Civil Veterinary Dept. Bombay admin report 1907-1913 - 1907-1913
Year: 1907
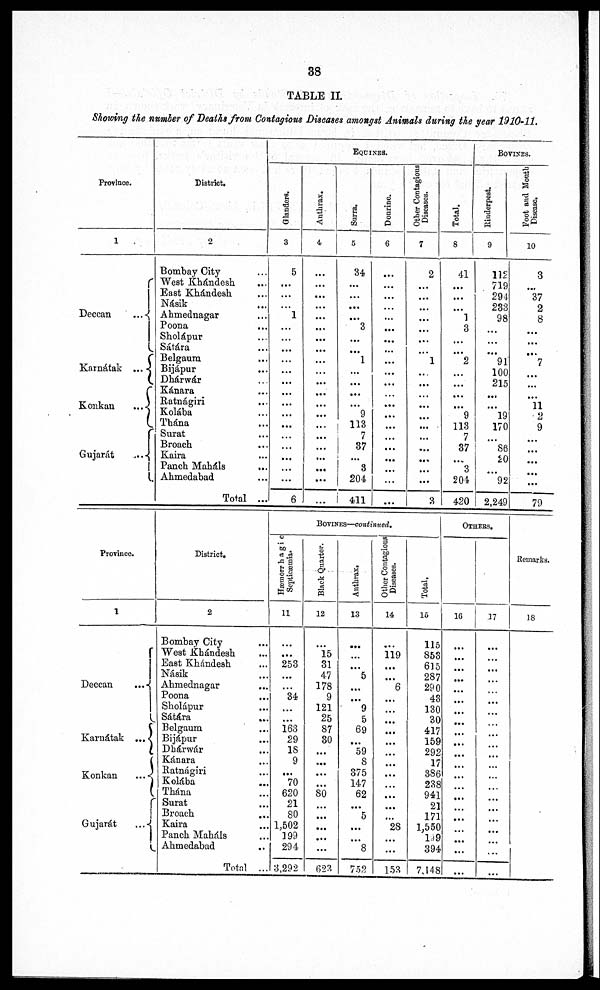
38
TABLE II
Showing the number of Deaths from Contagions Diseases amongst Animals during the year 1910-11.
Province.
1
Deccan
...
Karnátak...
Konkan
...
Gujrát ...
District.
2
Bombay City ...
West Khándesh ...
East Khándesh ...
Násik ...
Ahmednagar ...
Poona
...
Sholápur ...
Sátára ...
Belgaum ...
Bijápur
...
Dhárwár ...
Kánara ...
Ratnágiri ...
Kolába ...
Thána ...
Surat ...
Broach
...
Kaira ...
Panch Maháls ...
Ahmedabad ...
Total ...
EQUINES.
Glanders.
3
5
...
...
...
1
...
...
...
...
...
...
...
...
...
...
...
...
...
...
...
6
Anthrax.
4
...
...
...
...
...
...
...
...
...
...
...
...
...
...
...
...
...
...
...
...
...
Surra.
5
34
...
...
...
...
3
...
...
1
...
...
...
...
9
113
7
37
...
8
204
411
Donrine.
6
...
...
...
...
...
...
...
...
...
...
...
...
...
...
...
...
...
...
...
...
...
Other Contagions
Diseases.
7
2
...
...
...
...
...
...
...
1
...
...
...
...
...
...
...
...
...
...
...
8
Total.
8
41
...
...
...
1
3
...
...
2
...
...
...
...
9
113
7
37
...
3
204
420
BOVINES.
Rinderpest.
9
112
719
294
233
98
...
...
...
91
100
215
...
...
19
170
...
86
20
...
92
2,249
Foot and Month
Disease.
10
3
...
37
2
8
...
...
...
7
...
...
...
11
2
9
...
...
...
...
...
79
Province.
1
Deccan
...
Karnátak
...
Konkan
...
Gujarát
...
District.
2
Bombay City ...
West Khádesh ...
East Khádesh ...
Násik ...
Ahmednagar ...
Poona ...
Sholápur ...
Sátára
...
Belgaura ...
Bijápur ...
Dhárwár ...
Kánara ...
Ratnágiri ...
Kolába ...
Thána ...
Surat ...
Broach ...
Kaira ...
Panch Maháls ...
Ahmedabad ...
Total ...
BOVINES—continued.
Hæmorrhagic
Septicæmia.
11
...
...
253
...
...
34
...
...
163
29
18
9
...
70
620
21
80
1,502
199
294
3,292
Black Quarter.
12
...
15
31
47
178
9
121
25
87
30
...
...
...
...
80
...
...
...
...
...
623
Anthrax.
13
...
...
...
5
...
...
9
5
69
...
59
8
375
147
62
...
5
...
...
8
753
Other Contagious
Diseases.
14
...
119
...
...
6
...
...
...
...
...
...
...
...
...
...
...
...
28
...
...
153
Total.
15
115
853
615
287
290
43
130
30
417
159
292
17
386
238
941
21
171
1,550
1.49
394
7,148
OTHERS.
16
...
...
...
...
...
...
...
...
...
...
...
...
...
...
...
...
...
...
...
...
...
17
...
...
...
...
...
...
...
...
...
...
...
...
...
...
...
...
...
...
...
...
...
Remarks.
18
...
...
...
...
...
...
...
...
...
...
...
...
...
...
...
...
...
...
...
...
...